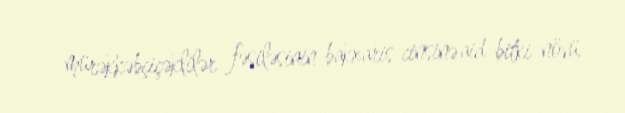
mürəkkəbçiçəklilər fəsiləsinin bakxaris cinsinə aid bitki növü.